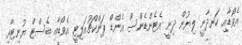
އެވޯޑާއި ހަނދާނީ ލިޔުން ދިނީ އެޓެންޑެންސް އެންޑް ޕަންކްޗުއަލިޓީ އެވޯޑާއި ބެސްޓް ޔުނިޓާއި